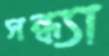
সন্ধ্যা